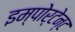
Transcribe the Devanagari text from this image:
इम्पोर्टेन्ट